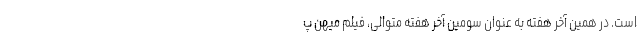
است. در همین آخر هفته به عنوان سومین آخر هفته متوالی، فیلم میهن پ